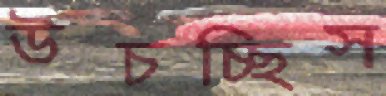
উচচ্ছিস